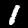
Label: 1